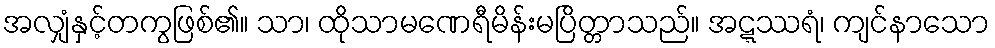
အလျှံနှင့်တကွဖြစ်၏။ သာ၊ ထိုသာမဏေရီမိန်းမပြိတ္တာသည်။ အဋ္ဋဿရံ၊ ကျင်နာသော